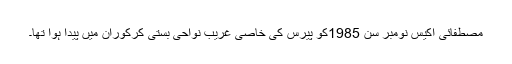
مصطفائی اکیس نومبر سن 1985کو پیرس کی خاصی غریب نواحی بستی کُرکوران میں پیدا ہوا تھا۔